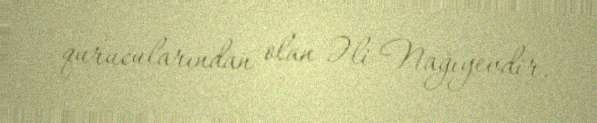
qurucularından olan Əli Nağıyevdir.